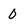
Character: 0